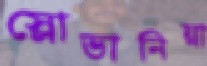
স্লোভানিয়া